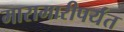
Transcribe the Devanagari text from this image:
मारामारीपर्यंत